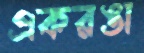
একরঙা